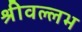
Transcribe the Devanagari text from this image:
श्रीवल्‍लभ